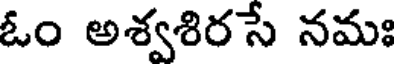
ఓం అశ్వశిరసే నమః